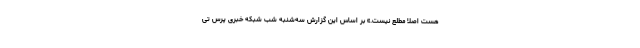
هست اصلا مطلع نیست.» بر اساس این گزارش سه‌شنبه شب شبکه خبری پرس تی